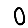
Digit: 0